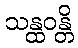
သန္ထဝန္တိ